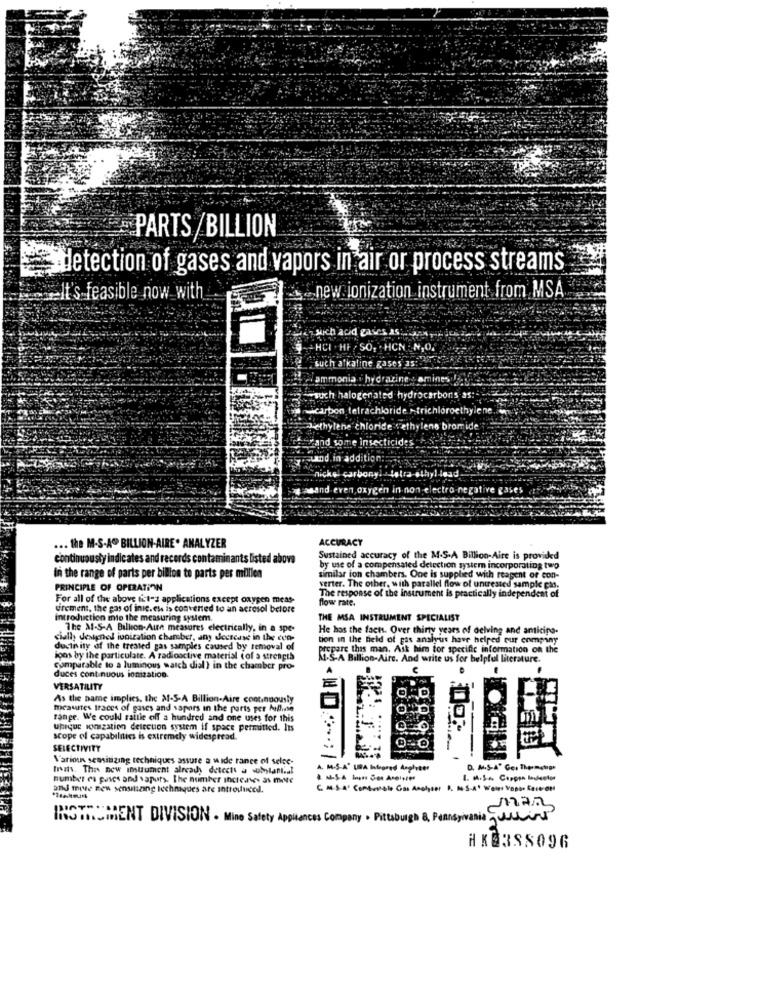
PARTS/BILLION
letection of gases and vapors in air or process streams
It's feasible now with
new ionization instrument from MSA
sich acid gases as;
+ HCI . HP / SO, . HCN _N,0.
uch atk
ine gases
Chlorid
>trichloroethylene.
thylens bromide
1.none
ctra negative gases
ACCURACY
... the M.S.A. BILLION-AIRE. ANALYZER
continuously indicates and records contamin ants listed above
Sustained accuracy of the M.S.A Billion-Aire is provided
by use of a compensated detection system incorporating two
in the range of parts per billion to parts per million
similar ion chambers. One is supplied with reagent or con-
PRINCIPLE OF OPERATION
The response of the instrument is practically independent of
verter. The other, with parallel flow of untreated sample cas.
For all of the above fit"s applications except oxygen meas-
flow rate.
urement, the gas of inic.ese is converted to an aerosol before
introduction mie the measuring system.
THE MSA INSTRUMENT SPECIALIST
The MI-S-A Billion-Aire measures electrically, in a spe-
He hos the facts. Over thirty years of delving and anticipo.
cially designed ionization chamber, any decrease in the con-
tion in the field of pas analyus have helped our company
ductivity of the treated gas samples caused by removal of
Ist him for specific information on the
joos by the particulate. A radioactive material (of a strength
M.S-A Billion-Aire. And write us for helpful literature.
Comparable to a luminous watch dial ) in the chamber pro-
duces continuous ionization.
VERSATILITY
As the name implies, the M-S-A Billion-Aire continuously
mesuites traces of gases and vapors in the parts per hillute
range. We couldl rattle off a hundred and one uses for this
unique ionization detection system if space permitted. Its
scope of capabilnics is extremely widespread.
SELECTIVITY
Varion sensitizing techniques assure a wide range of selec-
Mais, This new instrument already detects a substantial
A. M.S-A" URA Infrared Applyter
D. M.S-A" Ges Thermamor
number es pases and saputs. The number increases as mete
and mive new sensitizing techniques are introduced.
C. M.S.A' Comt-ale Gas Analyser P. M.S.A. Wenns Vopor Rait ON
NOTRUMENT DIVISION . Mine Safety Appliances Company . Pitusb
JanShivanià queiro
HK8388096